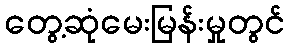
တွေ့ဆုံမေးမြန်းမှုတွင်